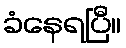
ခံနေရပြီ။